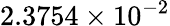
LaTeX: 2.3754\times 10^{-2}